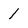
Character: 1